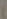
)